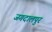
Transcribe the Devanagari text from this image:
जगदालपुर